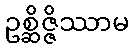
ဥစ္ဆိဇ္ဇိဿာမ